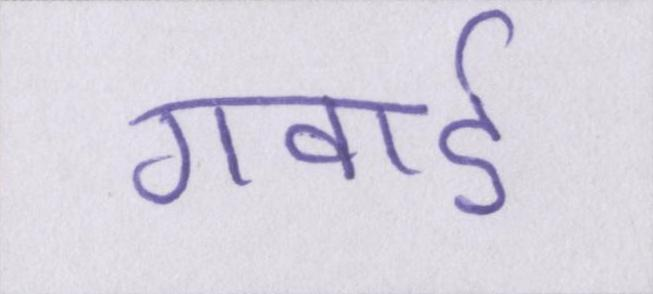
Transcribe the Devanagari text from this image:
गवाई